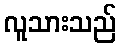
လူသားသည်